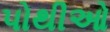
પોથીઓ